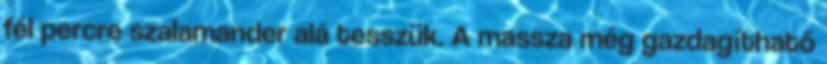
fél percre szalamander alá tesszük. A massza még gazdagítható